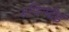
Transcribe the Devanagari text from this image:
रूपिनदेई